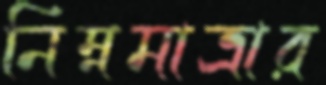
নিম্নমাত্রার